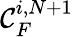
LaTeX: \mathcal{C}_{F}^{i,N+1}